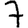
Digit: 7